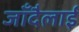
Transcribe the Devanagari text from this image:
जाँदैलाई